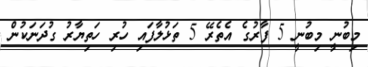
މިބުނީ މިބުނީ 5 ފާރުގެ އެތެރޭ 5 ތަޅުލާފައި ހުރި ހަތިޔާރު ގުދަނަކުން